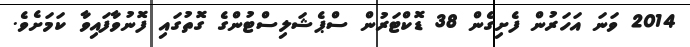
2014 ވަނަ އަހަރުން ފެށިގެން 38 ޑޮކްޓަރުން ސްޕެޝަލިސްޓުންގެ ގޮތުގައި ފޮނުވާފައިވާ ކަމަށެވެ.